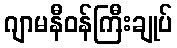
ဂျာမနီဝန်ကြီးချုပ်